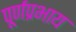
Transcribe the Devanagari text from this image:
पूर्णप्रभाय